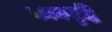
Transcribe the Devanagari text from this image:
कायशुद्धि